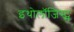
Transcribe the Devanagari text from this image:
इथोलॉजिस्ट्स